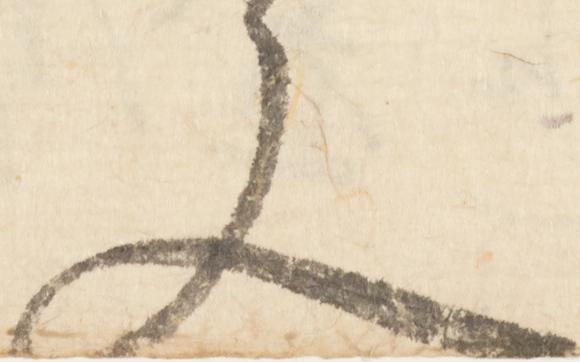
文